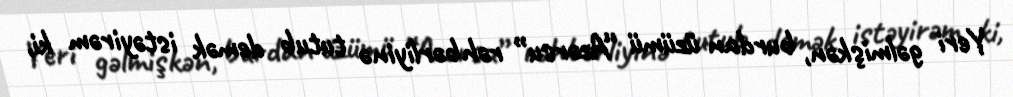
Yeri gəlmişkən, burdan üzümü “Azərsu” rəhbərliyinə tutub demək istəyirəm ki,